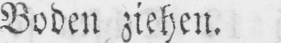
Boden ziehen.